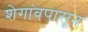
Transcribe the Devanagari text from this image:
शेगांवपासून